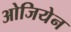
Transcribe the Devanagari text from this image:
ओजियेन